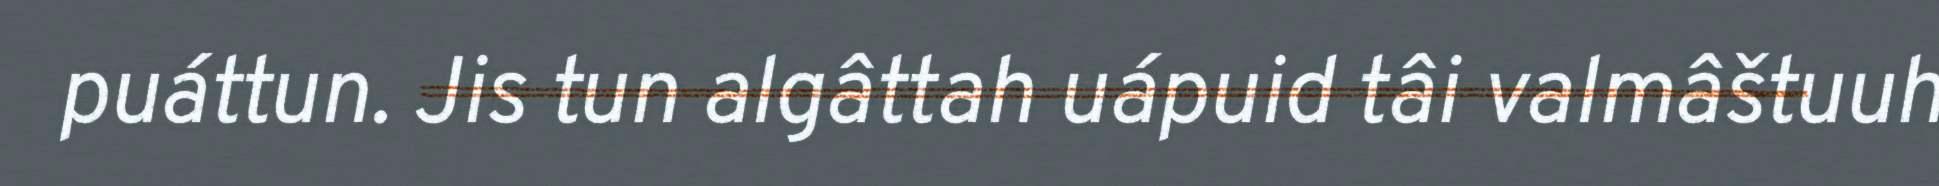
puáttun. Jis tun algâttah uápuid tâi valmâštuuh